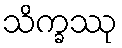
သိက္ခဿု